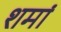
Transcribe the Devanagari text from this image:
शमां